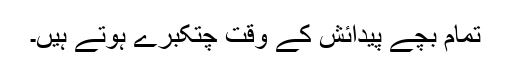
تمام بچے پیدائش کے وقت چتکبرے ہوتے ہیں۔